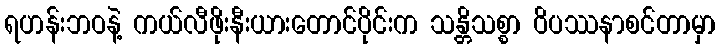
ရဟန်းဘဝနဲ့ ကယ်လီဖိုးနီးယားတောင်ပိုင်းက သန္တိသစ္စာ ဝိပဿနာစင်တာမှာ